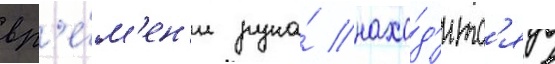
вр'е́м'ен'и рука́ нахо́д'итс'я в